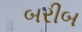
બરીબ